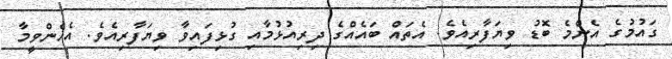
ގައުމުގެ އެންމެ ބޮޑު ވިޔަފާރިއެވެ. އެތައް ބައެއްގެ ދިރިއުޅުމާއި ގުޅިފައިވާ ވިޔަފާރިއެވެ. އެހެންވީމާ